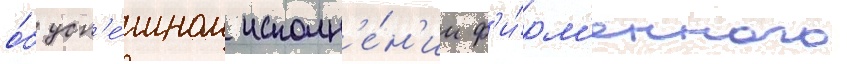
о́б усп'е́шном исполн'е́н'ии ф'и́рм'енного